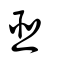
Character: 𦣞